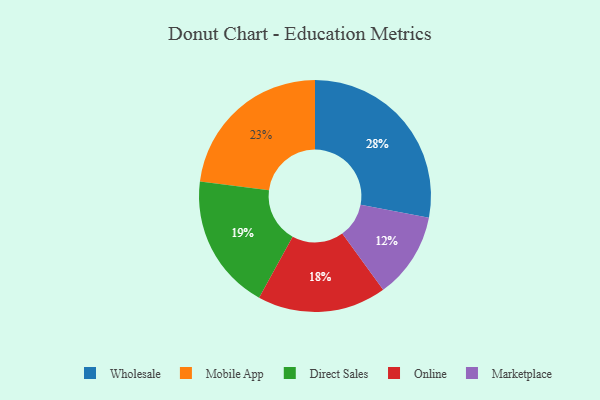
{"axis": {"x": "Category", "y": "Percentage"}, "legend": ["Direct Sales", "Marketplace", "Mobile App", "Online", "Wholesale"], "data": [{"x": "Wholesale", "y": 28, "type": "Wholesale"}, {"x": "Mobile App", "y": 23, "type": "Mobile App"}, {"x": "Online", "y": 18, "type": "Online"}, {"x": "Direct Sales", "y": 19, "type": "Direct Sales"}, {"x": "Marketplace", "y": 12, "type": "Marketplace"}]}